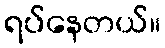
ရပ်နေတယ်။